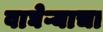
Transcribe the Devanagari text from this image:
वाघेऱ्याचा